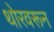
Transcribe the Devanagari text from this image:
थोरवरून